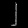
Digit: ၂